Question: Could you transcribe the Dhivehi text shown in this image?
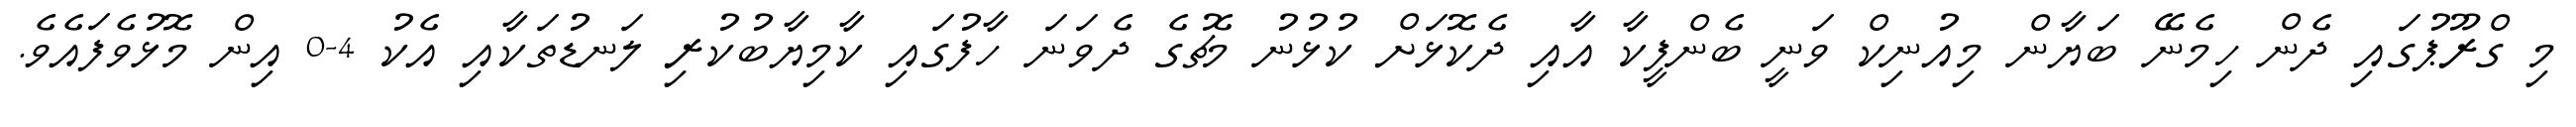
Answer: މި ގްރޫޕުގައި ދެން ހިމެނޭ ބަޔާން މިއުނިކް ވަނީ ބެންފީކާ އާއި ދެކޮޅަށް ކުޅުނު މެޗުގެ ދެވަނަ ހާފުގައި ކާމިޔާބުކުރި ލަނޑުތަކާއި އެކު 4-0 އިން މޮޅުވެފައެވެ.